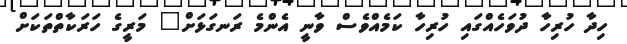
ހިދާ ހުރިހާ ދުވަހެއްގައި ހުރިހާ ކަމެއްވެސް ވާނީ އެންމެ ރަނގަަޅަށް" މަރީގެ ހަރަކާތްތަކަށް